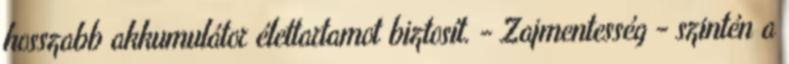
hosszabb akkumulátor élettartamot biztosít. - Zajmentesség - szintén a